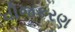
વીજકરણ